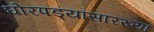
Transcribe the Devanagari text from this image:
घोरपड्यांसारख्या